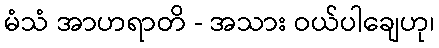
မံသံ အာဟရာတိ - အသား ဝယ်ပါချေဟု၊